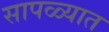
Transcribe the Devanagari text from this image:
सापळ्यात